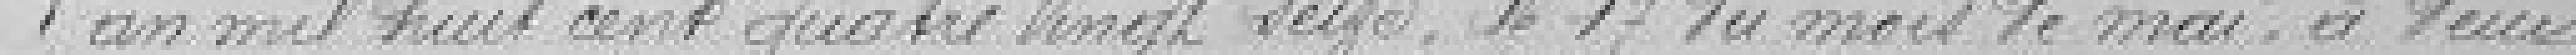
L'an mille huit cent quatre vingt seize, le 17 du mois de mai, à deux